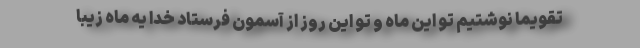
تقویما نوشتیم تو این ماه و تو این روز از آسمون فرستاد خدا یه ماه زیبا